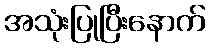
အသုံးပြုပြီးနောက်